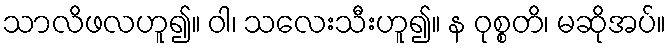
သာလိဖလဟူ၍။ ဝါ၊ သလေးသီးဟူ၍။ န ဝုစ္စတိ၊ မဆိုအပ်။